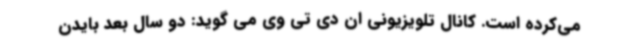
می‌کرده است. کانال تلویزیونی ان دی تی وی می گوید: دو سال بعد بایدن